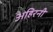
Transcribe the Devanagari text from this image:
अहिरनी